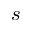
s